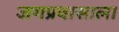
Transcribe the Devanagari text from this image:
जगप्रवासाला